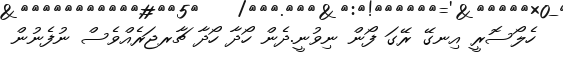
ހެލޯސޮރީ އިނގޭ ރޭގަ ފޯން ނިވުނީ.ދެން ހޯދާ ހޯދާ ޗާރޖަރެއްވެސް ނުފެނުން